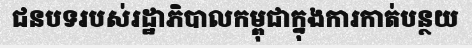
ជនបទរបស់រដ្ឋាភិបាលកម្ពុជាក្នុងការកាត់បន្ថយ